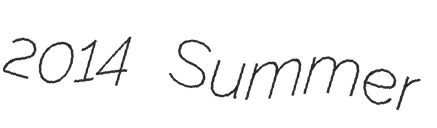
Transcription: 2014 Summer